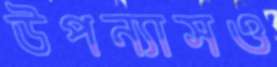
উপন্যাসও